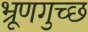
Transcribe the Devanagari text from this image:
भ्रूणगुच्छ